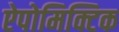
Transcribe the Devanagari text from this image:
ऐपोमिक्टिक